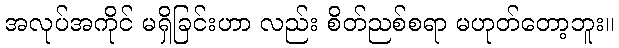
အလုပ်အကိုင် မရှိခြင်းဟာ လည်း စိတ်ညစ်စရာ မဟုတ်တော့ဘူး။